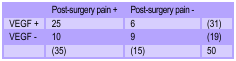
|  | Post–surgery pain + | Post–surgery pain – |  |
 | --- | --- | --- | --- |
 | VEGF + | 25 | 6 | (31) |
 | VEGF – | 10 | 9 | (19) |
 |  | (35) | (15) | 50 |